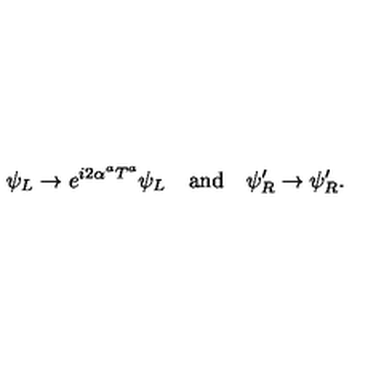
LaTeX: \psi _ { L } \to e ^ { i 2 \alpha ^ { a } T ^ { a } } \psi _ { L } \quad \mathrm { a n d } \quad \psi _ { R } ^ { \prime } \to \psi _ { R } ^ { \prime } .